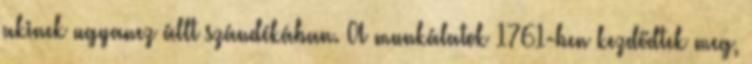
akinek ugyanez állt szándékában. A munkálatok 1761-ben kezdődtek meg,